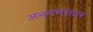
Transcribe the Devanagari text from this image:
अन्नभांडार